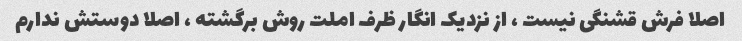
اصلا فرش قشنگی نیست ، از نزدیک انگار ظرف املت روش برگشته ، اصلا دوستش ندارم